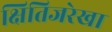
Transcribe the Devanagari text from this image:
क्षितिजरेखा